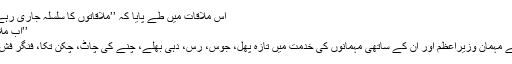
اِس ملاقات میں طے پایا کہ ’’ملاقاتوں کا سِلسلہ جاری رہے گا‘‘ یعنی بقول حضرت آتشؔ ع
’’اب مُلاقات ہُوئی ہے تو ملاقات رہے‘‘
میزبان عمران خان کی طرف سے مہمان وزیرِاعظم اور اُن کے ساتھی مہمانوں کی خدمت میں تازہ پھل، جوس، رس، دہی بھلّے، چنے کی چاٹ، چکن تِکّا، فنگر فِش اور سویٹس کا اہتمام کیا گیا تھا۔